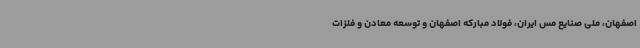
اصفهان، ملی صنایع مس ایران، فولاد مبارکه اصفهان و توسعه معادن و فلزات